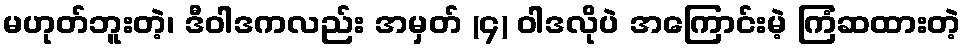
မဟုတ်ဘူးတဲ့၊ ဒီဝါဒကလည်း အမှတ် (၄) ဝါဒလိုပဲ အကြောင်းမဲ့ ကြံဆထားတဲ့